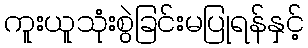
ကူးယူသုံးစွဲခြင်းမပြုရန်နှင့်